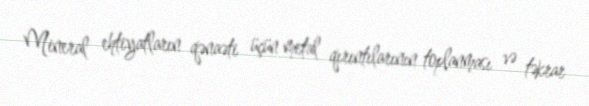
Mineral ehtiyatların qənaəti üçün metal qırıntılarının toplanması və təkrar